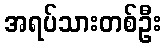
အရပ်သားတစ်ဦး